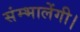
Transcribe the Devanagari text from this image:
संम्भालेंगी।